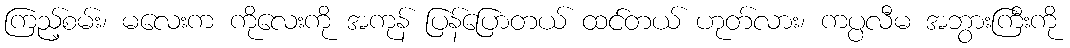
ကြည့်စမ်း၊ မလေးက ကိုလေးကို အကုန် ပြန်ပြောတယ် ထင်တယ် ဟုတ်လား၊ ကပ္ပလီမ အဘွားကြီးကို